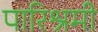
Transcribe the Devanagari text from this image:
पारिश्रमी